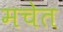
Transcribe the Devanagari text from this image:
मचेत